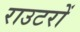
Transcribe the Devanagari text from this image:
राउटरों